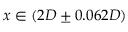
x \in ( 2 D \pm 0 . 0 6 2 D )